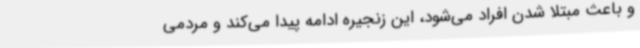
و باعث مبتلا شدن افراد می‌شود، این زنجیره ادامه پیدا می‌کند و مردمی